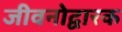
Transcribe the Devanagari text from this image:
जीवनोद्वारक